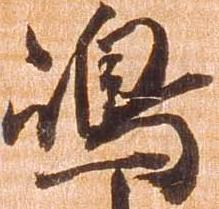
嶋